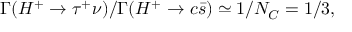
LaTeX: \Gamma ( H ^ { + } \to \tau ^ { + } \nu ) / \Gamma ( H ^ { + } \to c \bar { s } ) \simeq 1 / N _ { C } = 1 / 3 ,